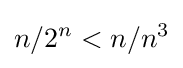
n/2^{n}<n/n^{3}